Vaccination in the Punjab 1919-1929 - 1919-1929
Year: 1919
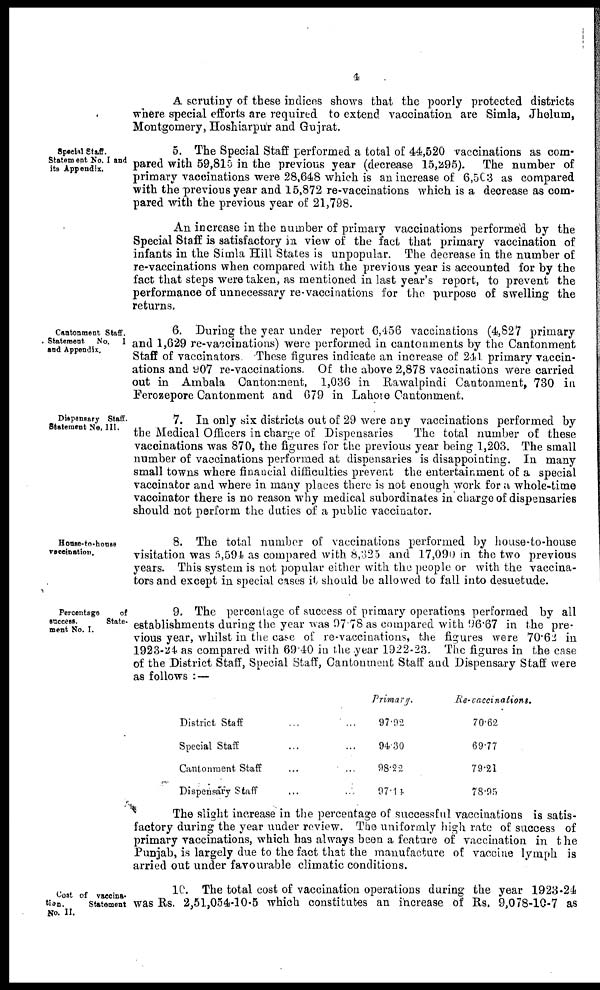
4
A scrutiny of these indices shows that the poorly protected districts
where special efforts are required to extend vaccination are Simla, Jhelum,
Montgomery, Hoshiarpur and Gujrat.
Special Staff.
Statement No. I and
its Appendix,
5. The Special Staff performed a total of 44,520 vaccinations as com-
pared with 59,815 in the previous year (decrease 15,295). The number of
primary vaccinations were 28,648 which is an increase of 6,503 as compared
with the previous year and 15,872 re-vaccinations which is a decrease as com¬
pared with the previous year of 21,798.
An increase in the number of primary vaccinations performed by the
Special Staff is satisfactory in view of the fact that primary vaccination of
infants in the Simla Hill States is unpopular. The decrease in the number of
re-vaccinations when compared with the previous year is accounted for by the
fact that steps were taken, as mentioned in last year's report, to prevent the
performance of unnecessary re-vaccinations for the purpose of swelling the
returns.
Cantonment Staff.
Statement
No. 1
and Appendix.
6. During the year under report 6,456 vaccinations (4,827 primary
and 1,629 re-vaccinations) were performed in cantonments by the Cantonment
Staff of vaccinators These figures indicate an increase of 241 primary vaccin-
ations and 907 re-vaccinations. Of the above 2,878 vaccinations were carried
out in Ambala Cantonment, 1,036 in Rawalpindi Cantonment, 730 in
Ferozepore Cantonment and 679 in Lahore Cantonment.
Dispensary Staff.
Statement No. III.
7. In only six districts out of 29 were any vaccinations performed by
the Medical Officers in charge of Dispensaries
The total number of these
vaccinations was 870, the figures for the previous year being 1,203. The small
number of vaccinations performed at dispensaries is disappointing. In many
small towns where financial difficulties prevent the entertainment of a special
vaccinator and where in many places there is not enough work for a whole-time
vaccinator there is no reason why medical subordinates in charge of dispensaries
should not perform the duties of a public vaccinator.
House- to - house
vaccination.
8. The total number of vaccinations performed by house-to-house
visitation was 5,594 as compared with 8,325 and 17,090 in the two previous
years. This system is not popular either with the people or with the vaccina-
tors and except in special cases it should be allowed to fall into desuetude.
Percentage
of
success.
State-
ment No. I.
9. The percentage of success of primary operations performed by all
establishments during the year was 97.78 as compared with 96.67 in the pre-
vious year, whilst in the case of re-vaccinations, the figures were 70.62 in
1923-24 as compared with 69.40 in the year 1922-23. The figures in the case
of the District Staff, Special Staff, Cantonment Staff and Dispensary Staff were
as follows : —
District Staff ... ...
Special Staff ... ...
Cantonment Staff ... ...
Dispensary Staff ... ...
Primary.
97.92
94.30
98.22
97.44
Re- vaccinations.
70.62
69.77
79.21
78.95
The slight increase in the percentage of successful vaccinations is satis-
factory during the year under review. The uniformly high rate of success of
primary vaccinations, which has always been a feature of vaccination in the
Punjab, is largely due to the fact that the manufacture of vaccine lymph is
arried out under favourable climatic conditions.
Cost of vaccina¬
tion.
Statement was
No. II.
10. The total cost of vaccination operations during the year 1923-24
Rs. 2,51,054-10-5 which constitutes an increase of Rs. 9,078-10-7 as